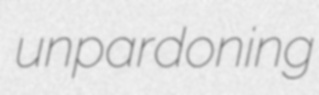
unpardoning